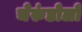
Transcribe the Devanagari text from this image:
चेरुंडोलो